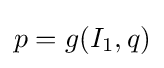
p=g(I_{1},q)